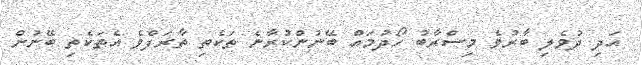
އަދި ދުވެލި ބާރުވެ މިސްރާބު ހޯދުމައް ބޭނުންކުރާނެ ތަކެތި ތާރަފްވެ އެތަކެތި ބޭނުން